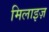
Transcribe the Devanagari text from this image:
मिलाइज़